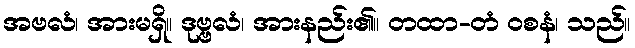
အဗလံ၊ အားမရှိ။ ဒုဗ္ဗလံ၊ အားနည်း၏။ တထာ-တံ ဝစနံ၊ သည်။